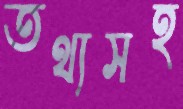
তথ্যসহ